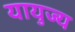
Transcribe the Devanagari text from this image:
यायुज्य